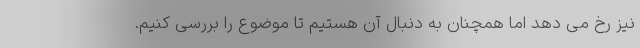
نیز رخ می دهد اما همچنان به دنبال آن هستیم تا موضوع را بررسی کنیم.